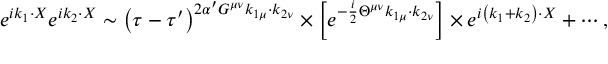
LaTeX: e ^ { i k _ { 1 } \cdot X } e ^ { i k _ { 2 } \cdot X } \sim \left( \tau - \tau ^ { \prime } \right) ^ { 2 \alpha ^ { \prime } G ^ { \mu \nu } k _ { 1 \mu } \cdot k _ { 2 \nu } } \times \left[ e ^ { - \frac { i } { 2 } \Theta ^ { \mu \nu } k _ { 1 \mu } \cdot k _ { 2 \nu } } \right] \times e ^ { i \left( k _ { 1 } + k _ { 2 } \right) \cdot X } + \cdots ,